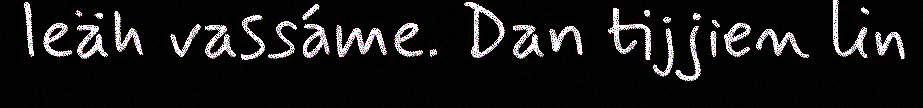
leäh vassáme. Dan tijjien lin